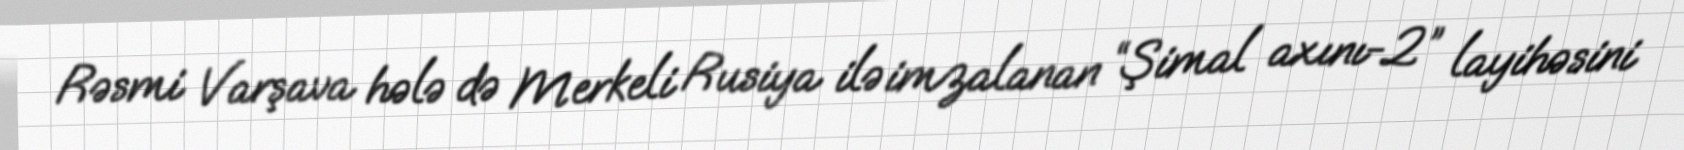
Rəsmi Varşava hələ də Merkeli Rusiya ilə imzalanan “Şimal axını-2” layihəsini